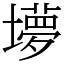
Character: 㙹